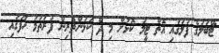
ޓޭބަލުގެ ފުލުގައި އޮތް ޓީމު ކޮޅަށް މި ދެ ކުޅުންތެރިން ފުރަތަމަ ހާފުގައި